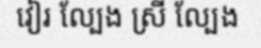
វៀរ ល្បែង ស្រី ល្បែង